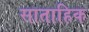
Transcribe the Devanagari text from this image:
साताहिक